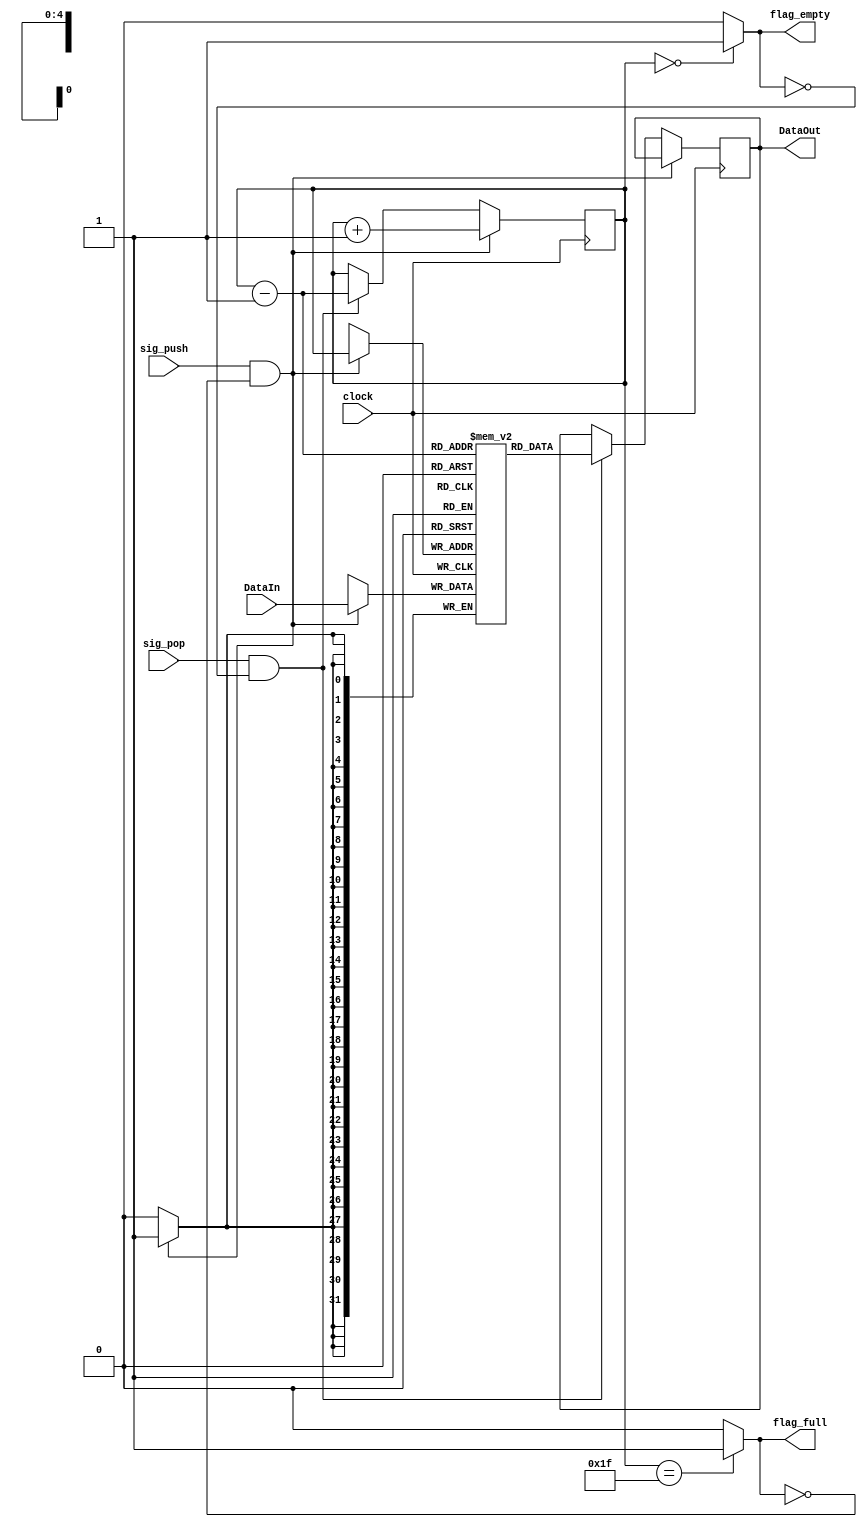
// a stack conating 32 cells, each is 32 bit
module lastInFirstOutMemory(clock, DataOut, flag_full, flag_empty, sig_push, sig_pop, DataIn);

  output reg [31:0] DataOut;
  output flag_full, flag_empty;
  input [31:0] DataIn;
  input clock, sig_push, sig_pop;
  
  reg [4:0] stack_pointer; // pointers tracking the stack
  reg [31:0] memory [31:0]; // the stack is 32 bit wide and 32 locations in size
  
  assign flag_full = (stack_pointer == 5'd31) ? 1 : 0;
  assign flag_empty = (stack_pointer == 5'd0) ? 1 : 0;

  initial begin
    stack_pointer = 5'd0;
  end
  
  always @(posedge clock)
  begin
    if (sig_push & !flag_full)
      begin
        memory[stack_pointer] <= DataIn;
        stack_pointer <= stack_pointer + 1;
      end
    else if (sig_pop & !flag_empty)
      begin
        stack_pointer = stack_pointer - 1;
        DataOut <= memory[stack_pointer];
      end
  end
endmodule